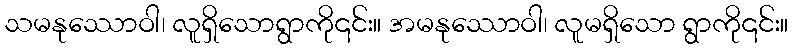
သမနုဿောဝါ၊ လူရှိသောရွာကို၎င်း။ အမနုဿောဝါ၊ လူမရှိသော ရွာကို၎င်း။